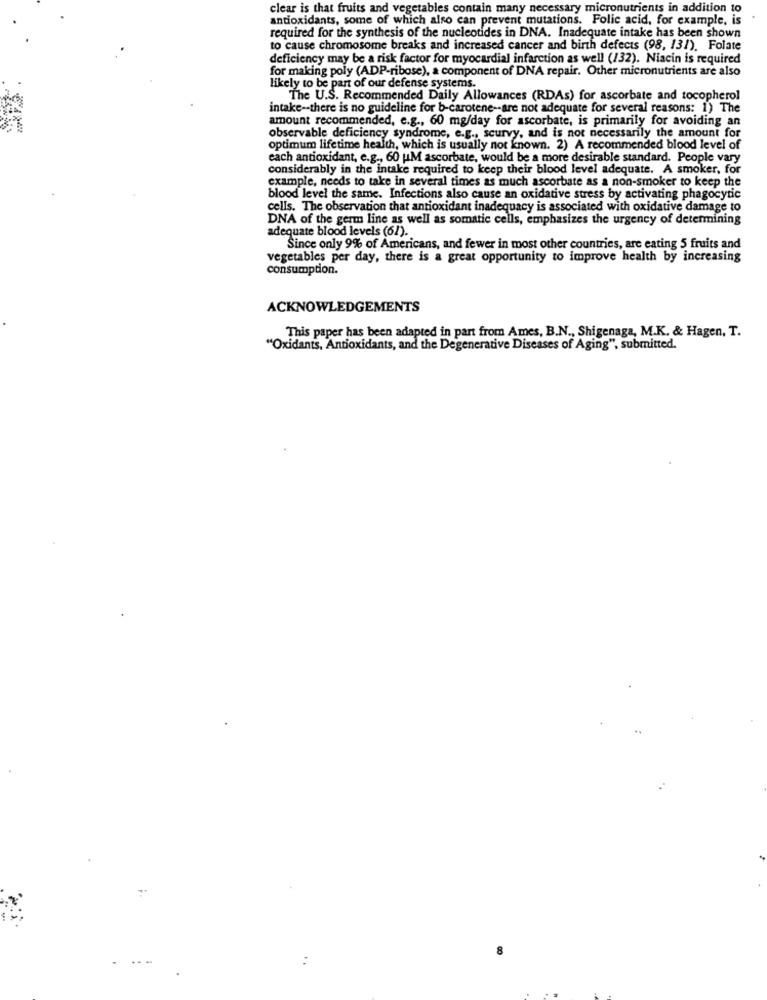
clear is that fruits and vegetables contain many necessary micronutrients in addition to
antioxidants, some of which also can prevent mutations. Folic acid, for example, is
required for the synthesis of the nucleotides in DNA. Inadequate intake has been shown
to cause chromosome breaks and increased cancer and birth defects (98, 13!). Folate
deficiency may be a risk factor for myocardial infarction as well (132). Niacin is required
for making poly (ADP-ribose), a component of DNA repair. Other micronutrients are also
likely to be part of our defense systems.
The U.S. Recommended Daily Allowances (RDAs) for ascorbate and tocopherol
intake -- there is no guideline for b-carotene -- are not adequate for several reasons: 1) The
amount recommended, e.g ., 60 mg/day for ascorbate, is primarily for avoiding an
observable deficiency syndrome, e.g ., scurvy, and is not necessarily the amount for
optimum lifetime health, which is usually not known. 2) A recommended blood level of
each antioxidant, e.g ., 60 uM ascorbate, would be a more desirable standard. People vary
considerably in the intake required to keep their blood level adequate. A smoker, for
example, needs to take in several times as much ascorbate as a non-smoker to keep the
blood level the same. Infections also cause an oxidative stress by activating phagocytic
cells. The observation that antioxidant inadequacy is associated with oxidative damage to
DNA of the germ line as well as somatic cells, emphasizes the urgency of determining
adequate blood levels (61).
Since only 9% of Americans, and fewer in most other countries, are eating 5 fruits and
vegetables per day, there is a great opportunity to improve health by increasing
consumption.
ACKNOWLEDGEMENTS
This paper has been adapted in part from Ames, B.N ., Shigenaga, M.K. & Hagen, T.
"Oxidants, Antioxidants, and the Degenerative Diseases of Aging", submitted.
.--